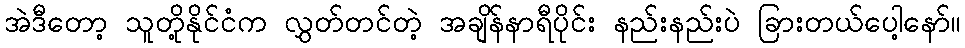
အဲဒီတော့ သူတို့နိုင်ငံက လွှတ်တင်တဲ့ အချိန်နာရီပိုင်း နည်းနည်းပဲ ခြားတယ်ပေါ့နော်။